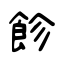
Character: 飻